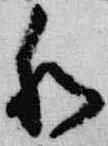
和